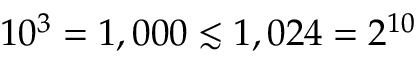
1 0 ^ { 3 } = 1 , 0 0 0 \lesssim 1 , 0 2 4 = 2 ^ { 1 0 }